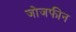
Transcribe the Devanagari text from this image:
जोजफीन